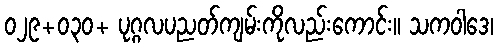
၀၂၉+၀၃၀+ ပုဂ္ဂလပညတ်ကျမ်းကိုလည်းကောင်း။ သကဝါဒေ၊